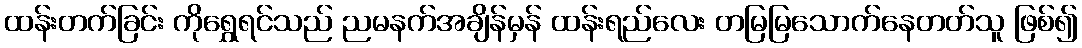
ထန်းတက်ခြင်း ကိုရွှေရင်သည် ညမနက်အချိန်မှန် ထန်းရည်လေး တမြမြသောက်နေတတ်သူ ဖြစ်၍